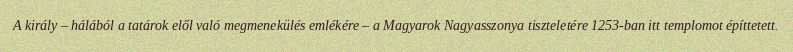
A király – hálából a tatárok elől való megmenekülés emlékére – a Magyarok Nagyasszonya tiszteletére 1253-ban itt templomot építtetett.